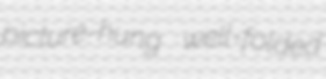
picture-hung well-folded